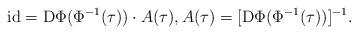
LaTeX: \begin{align*} \mathrm{id} = \mathrm{D}\Phi(\Phi^{-1}(\tau)) \cdot A(\tau), A(\tau) = [\mathrm{D}\Phi(\Phi^{-1}(\tau))]^{-1}.\end{align*}